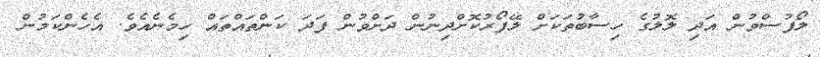
ލޯފުސްވުން އަދި ލޮލުގެ ހިސާބުތަކަށް ލޭފޯރުކޮށްދިނުން ދަށްވުން ފަދަ ކަންތައްތައް ހިމެނެއެވެ. އެހެންކަމުން